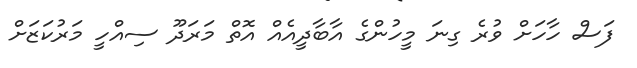
ފަސް ހާހަށް ވުރެ ގިނަ މީހުންގެ އާބާދީއެއް އޮތް މަރަދޫ ސިއްހީ މަރުކަޒަށް